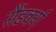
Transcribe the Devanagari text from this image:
सैंडवर्ग